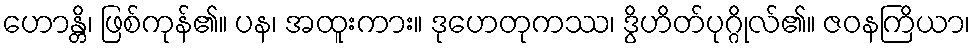
ဟောန္တိ၊ ဖြစ်ကုန်၏။ ပန၊ အထူးကား။ ဒုဟေတုကဿ၊ ဒွိဟိတ်ပုဂ္ဂိုလ်၏။ ဇဝနကြိယာ၊